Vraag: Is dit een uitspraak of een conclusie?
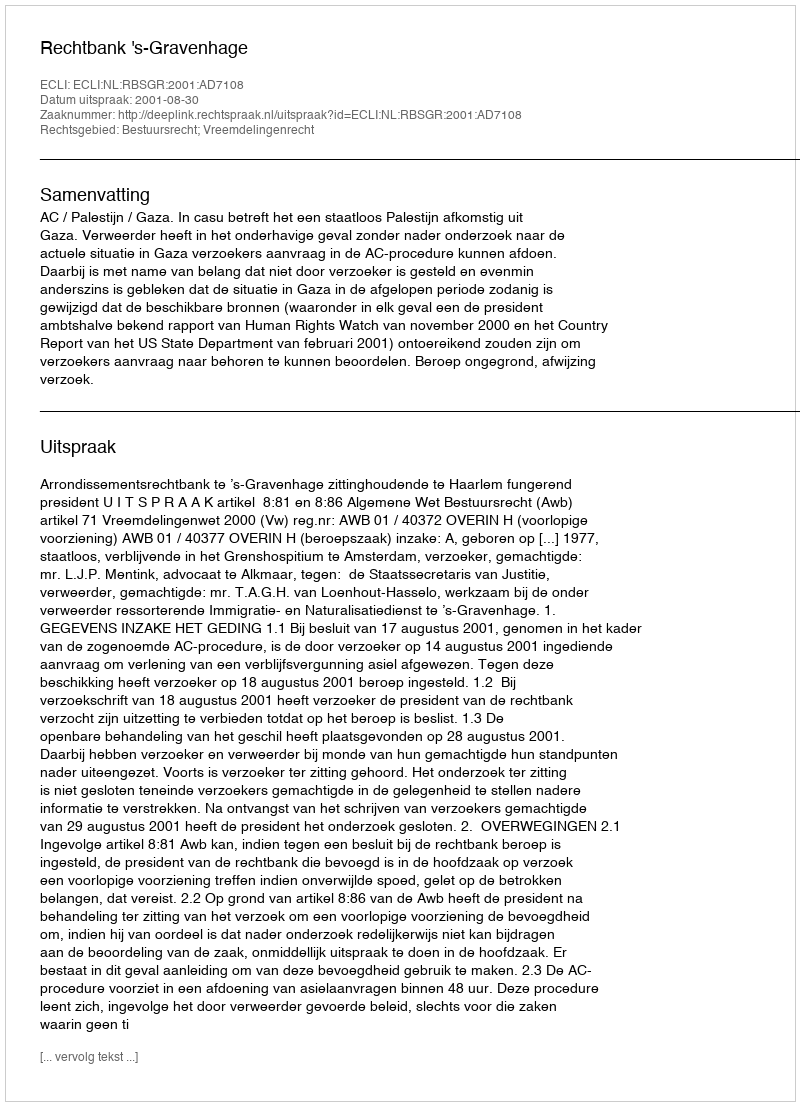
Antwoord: Uitspraak